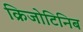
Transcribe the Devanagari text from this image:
क्रिजोटिनिब